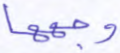
وجهها